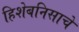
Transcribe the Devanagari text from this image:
हिशेबनिसाचे